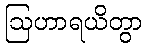
ဩဟာရယိတွာ